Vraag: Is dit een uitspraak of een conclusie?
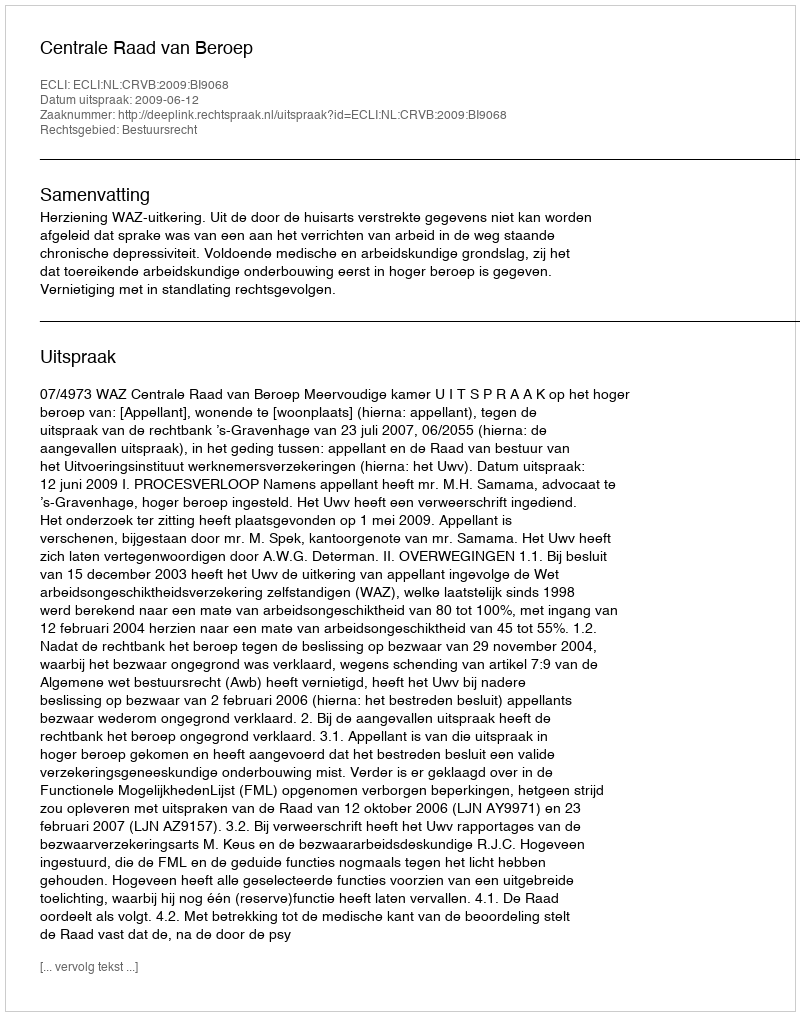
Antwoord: Uitspraak